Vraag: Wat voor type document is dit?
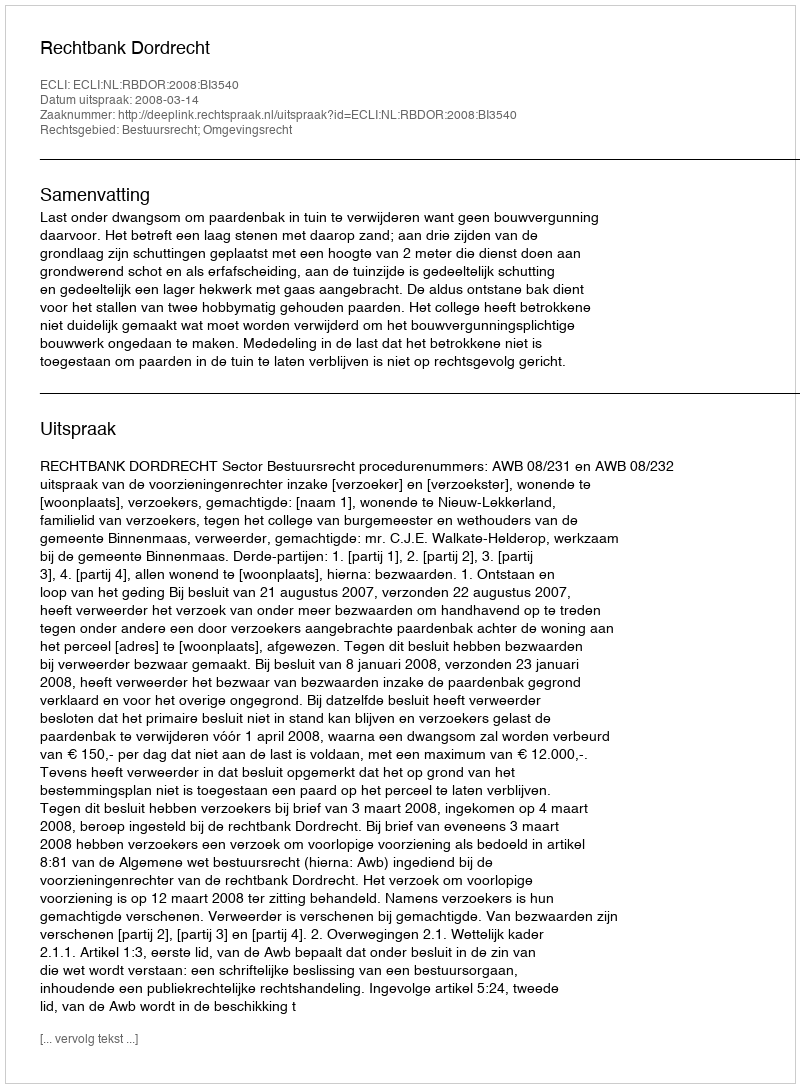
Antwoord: Uitspraak